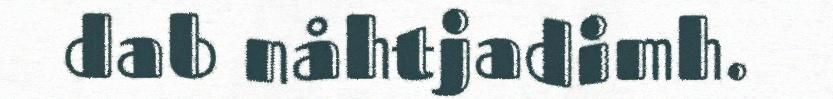
dab nåhtjadimh.